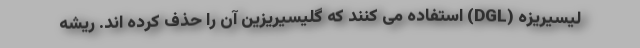
لیسیریزه (DGL) استفاده می کنند که گلیسیریزین آن را حذف کرده اند. ریشه